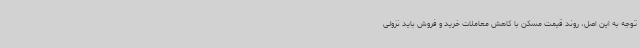
توجه به این اصل، روند قیمت مسکن با کاهش معاملات خرید و فروش باید نزولی